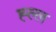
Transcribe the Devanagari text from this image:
ह्ल्ल